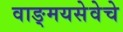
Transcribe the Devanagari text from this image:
वाङ्मयसेवेचे